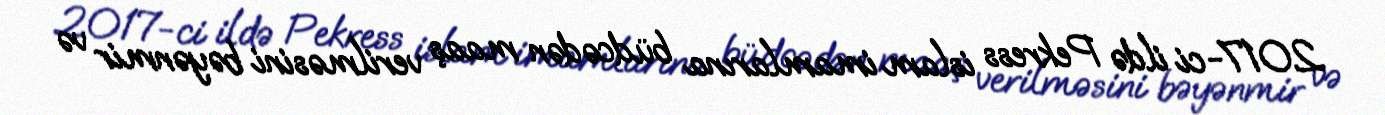
2017-ci ildə Pekress islam imamlarına büdcədən maaş verilməsini bəyənmir və